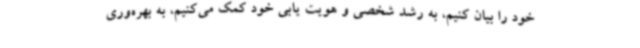
خود را بیان کنیم، به رشد شخصی و هویت یابی خود کمک می‌کنیم، به بهره‌وری